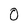
Character: 0